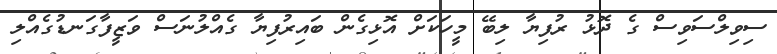
ސިވިލްސަވިސް ގެ ދޮޅު ރުފިޔާ ލިބޭ މީހަކަށް އޮޅިގެން ބައިރުފިޔާ ގެއްލުނަސް ވަޒީފާގަނޑުގެއްލި